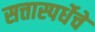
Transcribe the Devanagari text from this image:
सत्तास्पर्धेचे